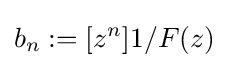
b_{n}:=[z^{n}]1/F(z)